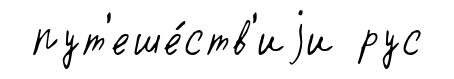
пут'еше́ств'иjи рус